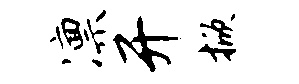
凛开掀